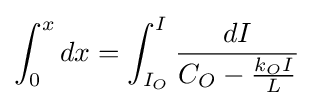
\int _{0}^{x}dx=\int _{I_{O}}^{I}{\frac {dI}{C_{O}-{\frac {k_{O}I}{L}}}}